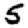
Digit: 5